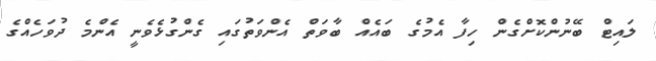
ލައިޓް ބޭނުންކޮށްގެން ހިފާ އެމުގެ ބައެއް ބާވަތް އެންވަތުގައި ގެންގުޅެވެނީ އެންމެ ދުވަހެއްގެ